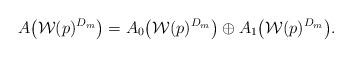
LaTeX: \begin{gather*}A\big(\mathcal{W}(p)^{D_m}\big)=A_0\big(\mathcal{W}(p)^{D_m}\big) \oplus A_1\big(\mathcal{W}(p)^{D_m}\big).\end{gather*}